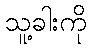
သူ့ခါးကို